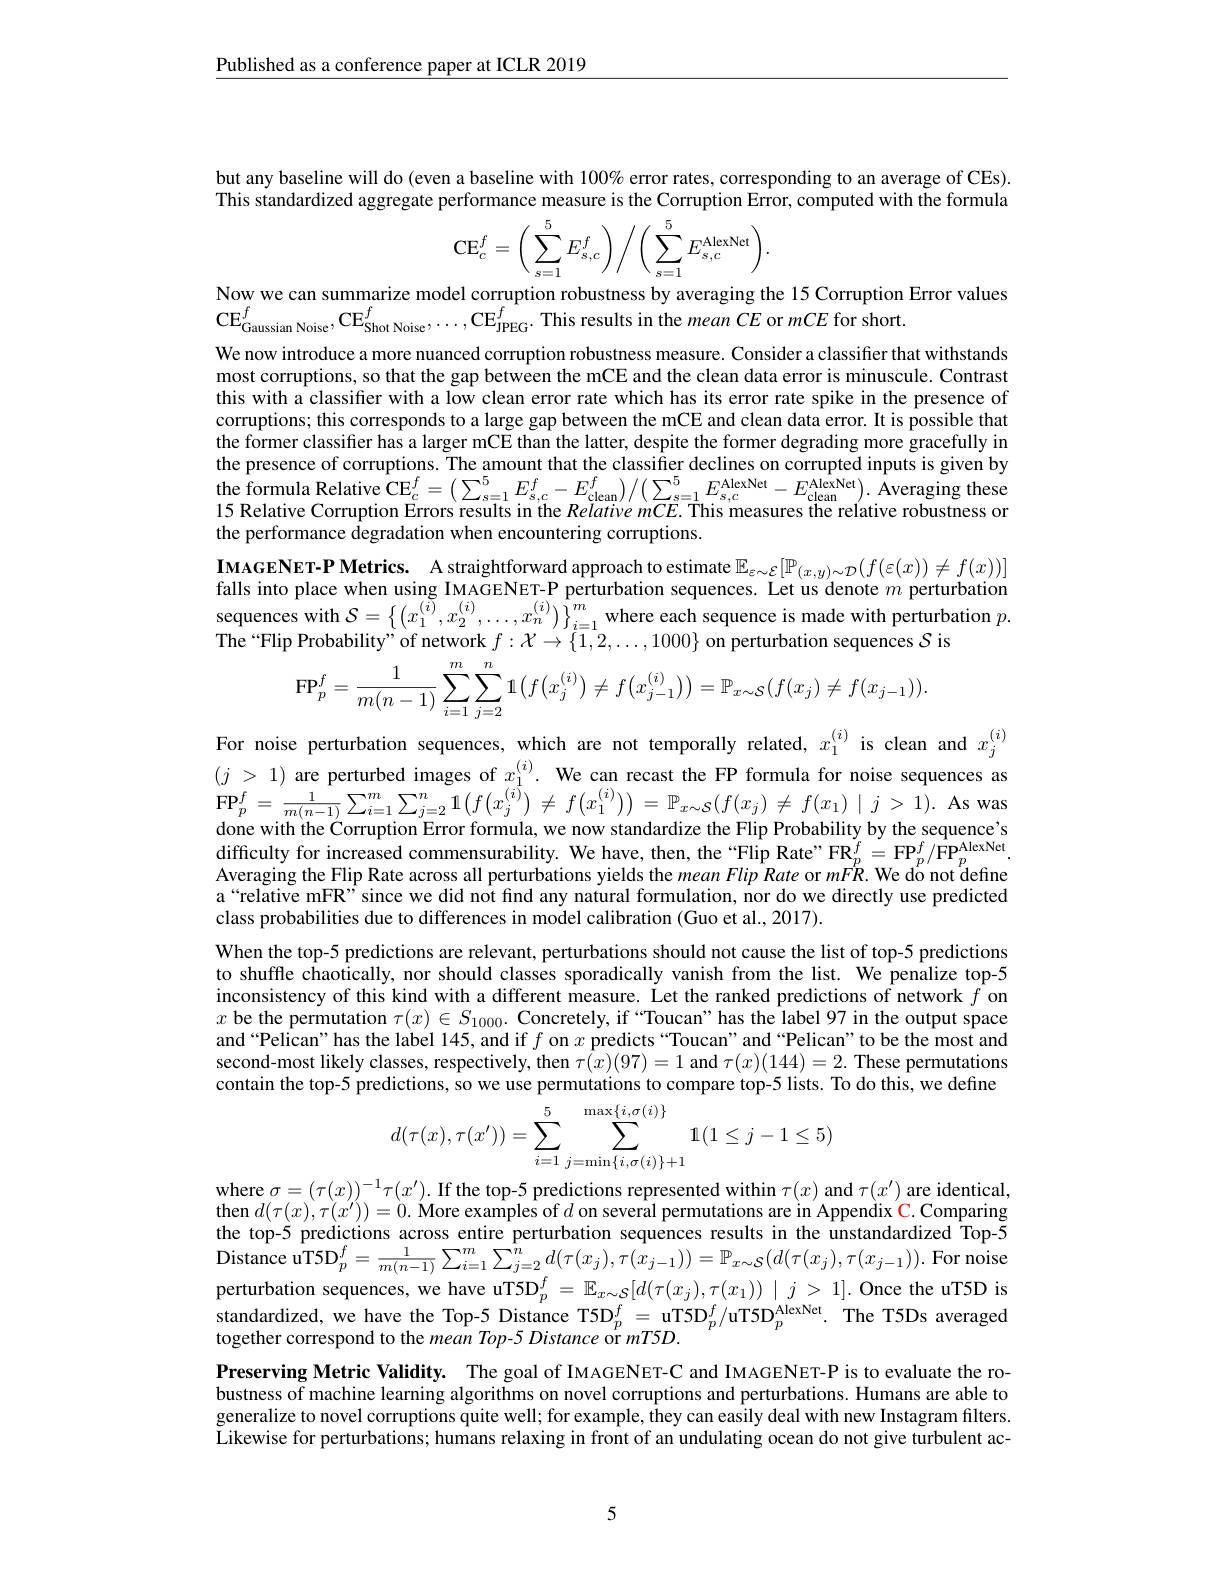
Published as a conference paper at ICLR 2019

but any baseline will do (even a baseline with 100% error rates, corresponding to an average of CEs). This standardized aggregate performance measure is the Corruption Error, computed with the formula
$$\mathrm{CE}_{c}^{f}=\bigg(\sum_{s=1}^{5}E_{s,c}^{f}\bigg)\bigg/\bigg(\sum_{s=1}^{5}E_{s,c}^{\mathrm{AlexNet}}\bigg).$$
Now we can summarize model corruption robustness by averaging the 15 Corruption Error values
$\mathrm{CE}_{\mathrm{Gaussian~Noise}}^{f},\mathrm{CE}_{\mathrm{Shot~Noise}}^{f},\ldots,\mathrm{CE}_{\mathrm{JPEG}}^{f}.$This results in the mean CE or mCE for short.

We now introduce a more nuanced corruption robustness measure. Consider a classiffer that withstands most corruptions, so that the gap between the mCE and the clean data error is minuscule. Contrast this with a classifier with a low clean error rate which has its error rate spike in the presence of corruptions; this corresponds to a large gap between the mCE and clean data error. It is possible that the former classifier has a larger mCE than the latter, despite the former degrading more gracefully in the presence of corruptions. The amount that the classifier declines on corrupted inputs is given by $\text{the formula Relative CE}_{c}^{f}= \left ( \sum _{s= 1}^{5}E_{s, c}^{f}- E_{\mathrm{clean}}^{f}\right ) / \left ( \sum _{s= 1}^{5}E_{s, c}^{\text{AlexNet}}- E_{\mathrm{clean}}^{\text{AlexNet}}\right ) .$ Averaging these 15 Relative Corruption Errors results in the Relative mCE. This measures the relative robustne the performance degradation when encountering corruptions.
IMAGENET-P Metrics. A straightforward approach to estimate $\mathbb{E}_\varepsilon\sim\mathcal{E}[\mathbb{P}_{(x,y)\sim\mathcal{D}}(f(\varepsilon(x))\neq f(x))]$ falls into place when using IMAGENET-P perturbation sequences. Let us denote $m$ perturbation sequences with $\mathcal{S}=\left\{\left(x_{1}^{(i)},x_{2}^{(i)},\ldots,x_{n}^{(i)}\right)\right\}_{i=1}^{m}$ where each sequence is made with perturbation $p.$ The“Flip Probability” of network $f:\mathcal{X}\to\{1,2,\ldots,1000\}$ on perturbation sequences $S$ is
$$\mathrm{FP}_{p}^{f}=\frac{1}{m(n-1)}\sum_{i=1}^{m}\sum_{j=2}^{n}1\big(f\big(x_{j}^{(i)}\big)\neq f\big(x_{j-1}^{(i)}\big)\big)=\mathbb{P}_{x\sim\mathcal{S}}(f(x_{j})\neq f(x_{j-1})).$$
For noise perturbation sequences, which are not temporally related, $x_1^{(i)}$ is clean and $x_j^{(i)}$ $( j$ > 1) are perturbed images of $x_1^{(i)}.$ We can recast the FP formula for noise sequences as $\mathbf{FP}_{p}^{f}=\frac{1}{m(n-1)}\sum_{i=1}^{m}\sum_{j=2}^{n}1\big(f\big(x_{j}^{(i)}\big)\neq f\big(x_{1}^{(i)}\big)\big)=\mathbb{P}_{x\sim\mathcal{S}}(f(x_{j})\neq f(x_{1})\mid j>1).$ As was done with the Ćorruption Error formula, we now standardize the Flip Probability by the sequence's $\begin{array}{l}{\text{difficulty for increased commensurability. We have, then, the“Flip Rate”FR}_{p}^{f}=\mathrm{FP}_{p}^{f}/\mathrm{FP}_{p}^{\mathrm{AlexNet}}.}\\{\text{Averaging the Flip Rate across all perturbations yields the }mean\:Flip\:Rate~or~mFR.~\mathrm{We~do~not~define}}\end{array}$ a“relative mFR”since we did not find any natural formulation, nor do we directly use predicted class probabilities due to differences in model calibration (Guo et al., 2017).
When the top-5 predictions are relevant, perturbations should not cause the list of top-5 predictions to shuffle chaotically, nor should classes sporadically vanish from the list. We penalize top-5 inconsistency of this kind with a different measure. Let the ranked predictions of network $f$ on $x$ be the permutation $\tau(x)\in S_1000.$ Concretely, if “Toucan”has the label 97 in the output space and“Pelican”has the label 145, and if $f$ on $x$ predicts“Toucan”and“Pelican”to be the most and second-most likely classes, respectively, then $\tau(x)(97)=1$ and $\tau(x)(144)=2.$ These permutations contain the top-5 predictions, so we use permutations to compare top-5 lists. To do this, we define
$$d(\tau(x),\tau(x'))=\sum_{i=1}^{5}\sum_{j=\min\{i,\sigma(i)\}+1}^{\max\{i,\sigma(i)\}}1(1\leq j-1\leq5)$$
where $\sigma=(\tau(x))^{-1}\tau(x^{\prime}).$ If the top-5 predictions represented within $\tau(x)$ and $\tau(x^{\prime})$ are identical, then $d(\tau(x),\tau(x^{\prime}))=0.$ More examples of $d$ on several permutations are in Appendix C. Comparing the top-5 predictions across entire perturbation sequences results in the unstandardized Top-5 $\hat{\mathrm{Distance~uT5D}}_{p}^{f}=\frac{1}{m(n-1)}\sum_{i=1}^{m}\hat{\sum_{j=2}^{n}}_{r}d(\tau(x_{j}),\dot{\tau(x_{j-1})})=\mathbb{P}_{x\sim\mathcal{S}}(d(\tau(x_{j}),\tau(x_{j-1})).$ For noise perturbation sequences, we have uT5$\mathrm{D}_p^f=\mathbb{E}_{x\sim\mathcal{S}}[d(\tau(x_j),\tau(x_1))\mid j>1].$ Once the uT5D is standardized, we have the Top-5 Distance T5D$_p^f=$uT5$\mathrm{D}_p^f/$uT5$\mathrm{D}_p^{\mathrm{AlexNet}}.$ The T5Ds averagedostespond to the mean Top-5 Distance or $mT5D.$ Preserving Metric Validity. The goal of IMAGENET-C and IMAGENET-P is to evaluate the robustness of machine learning algorithms on novel corruptions and perturbations. Humans are able to generalize to novel corruptions quite well; for example, they can easily deal with new Instagram filters. $\tilde{\text{Likewise for perturbations; humans relaxing in front of an undulating ocean do not give turbulent ac-}}$

5